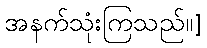
အနက်သုံးကြသည်။]